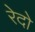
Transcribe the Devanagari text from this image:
रेदो